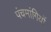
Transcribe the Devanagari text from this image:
पंचमांगियों